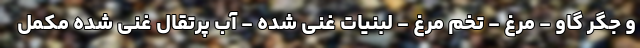
و جگر گاو - مرغ - تخم مرغ - لبنیات غنی شده - آب پرتقال غنی شده مکمل